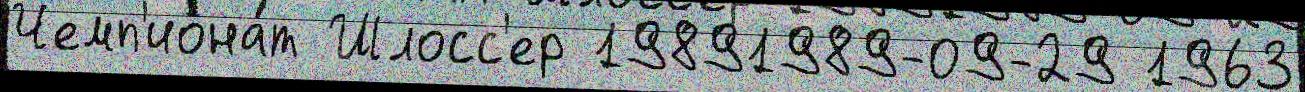
Чемп'иона́т Шлосс'ер 19891989-09-29 1963